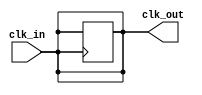
module clk_buffer (
    input wire clk_in,       // Clock input
    output wire clk_out      // Clock output
);

// Buffer functionality: driving the output based on the input clock
assign clk_out = clk_in; // Direct connection for simple buffering

// You can add additional features like enable/disable or drive strength control here.
// For example, to implement an enable signal:
reg clk_out_reg;

always @(posedge clk_in) begin
    clk_out_reg <= clk_in; // Capture the clock signal on the rising edge
end

// Enable control (optional)
parameter ENABLE = 1; // Set to 1 to enable, 0 to disable the output
assign clk_out = ENABLE ? clk_out_reg : 1'b0; // Output clock is either buffered clock or low

endmodule